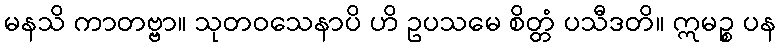
မနသိ ကာတဗ္ဗာ။ သုတဝသေနာပိ ဟိ ဥပသမေ စိတ္တံ ပသီဒတိ။ ဣမဉ္စ ပန